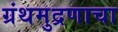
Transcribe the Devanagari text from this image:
ग्रंथमुद्रणाचा